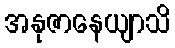
အနုဇာနေယျာသိ